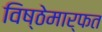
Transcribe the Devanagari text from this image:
विष्ठेमार्फत